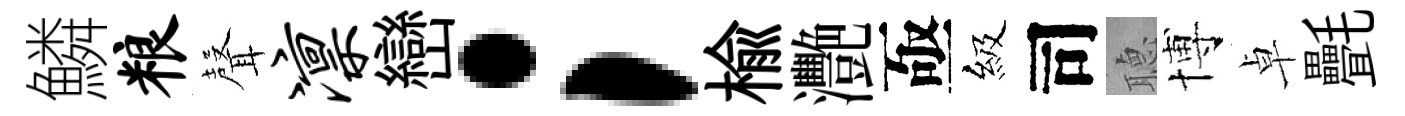
鱗粮𮋻凛巒；榆灧亟級司𦗟博卓㲲